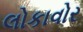
લોકાવોર